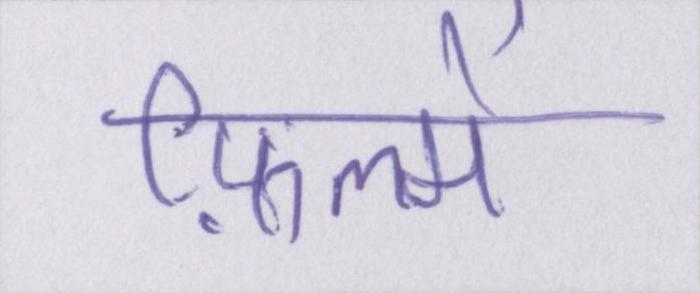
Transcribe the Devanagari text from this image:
फ़िल्में